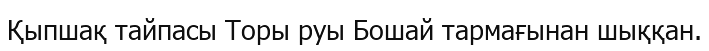
Қыпшақ тайпасы Торы руы Бошай тармағынан шыққан.